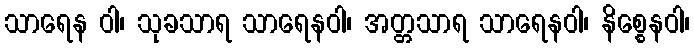
သာရေန ဝါ၊ သုခသာရ သာရေနဝါ၊ အတ္တသာရ သာရေနဝါ၊ နိစ္စေနဝါ၊